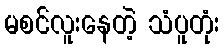
မစင်လူးနေတဲ့ သံပူတုံး